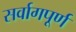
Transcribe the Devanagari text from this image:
सर्वागपूर्ण